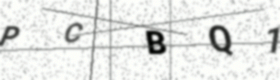
Text: PCBQ1